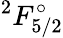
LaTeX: ^2F_{5/2}^{\circ}